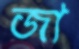
জা